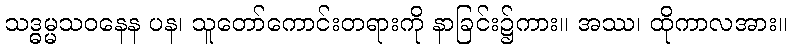
သဒ္ဓမ္မသဝနေန ပန၊ သူတော်ကောင်းတရားကို နာခြင်း၌ကား။ အဿ၊ ထိုကာလအား။